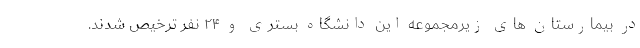
در بیمارستان های زیرمجموعه این دانشگاه بستری و ۲۴ نفر ترخیص شدند.